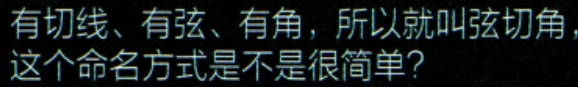
有切线、有弦、有角，所以就叫弦切角，
这个命名方式是不是很简单？